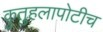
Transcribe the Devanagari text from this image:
कुतुहलापोटीच